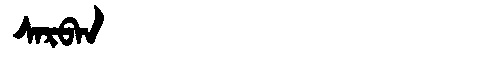
Manchu: ᠰᠠᡵᠪᠠᠨ
Romanization: SARBAN